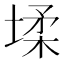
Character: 𭏋